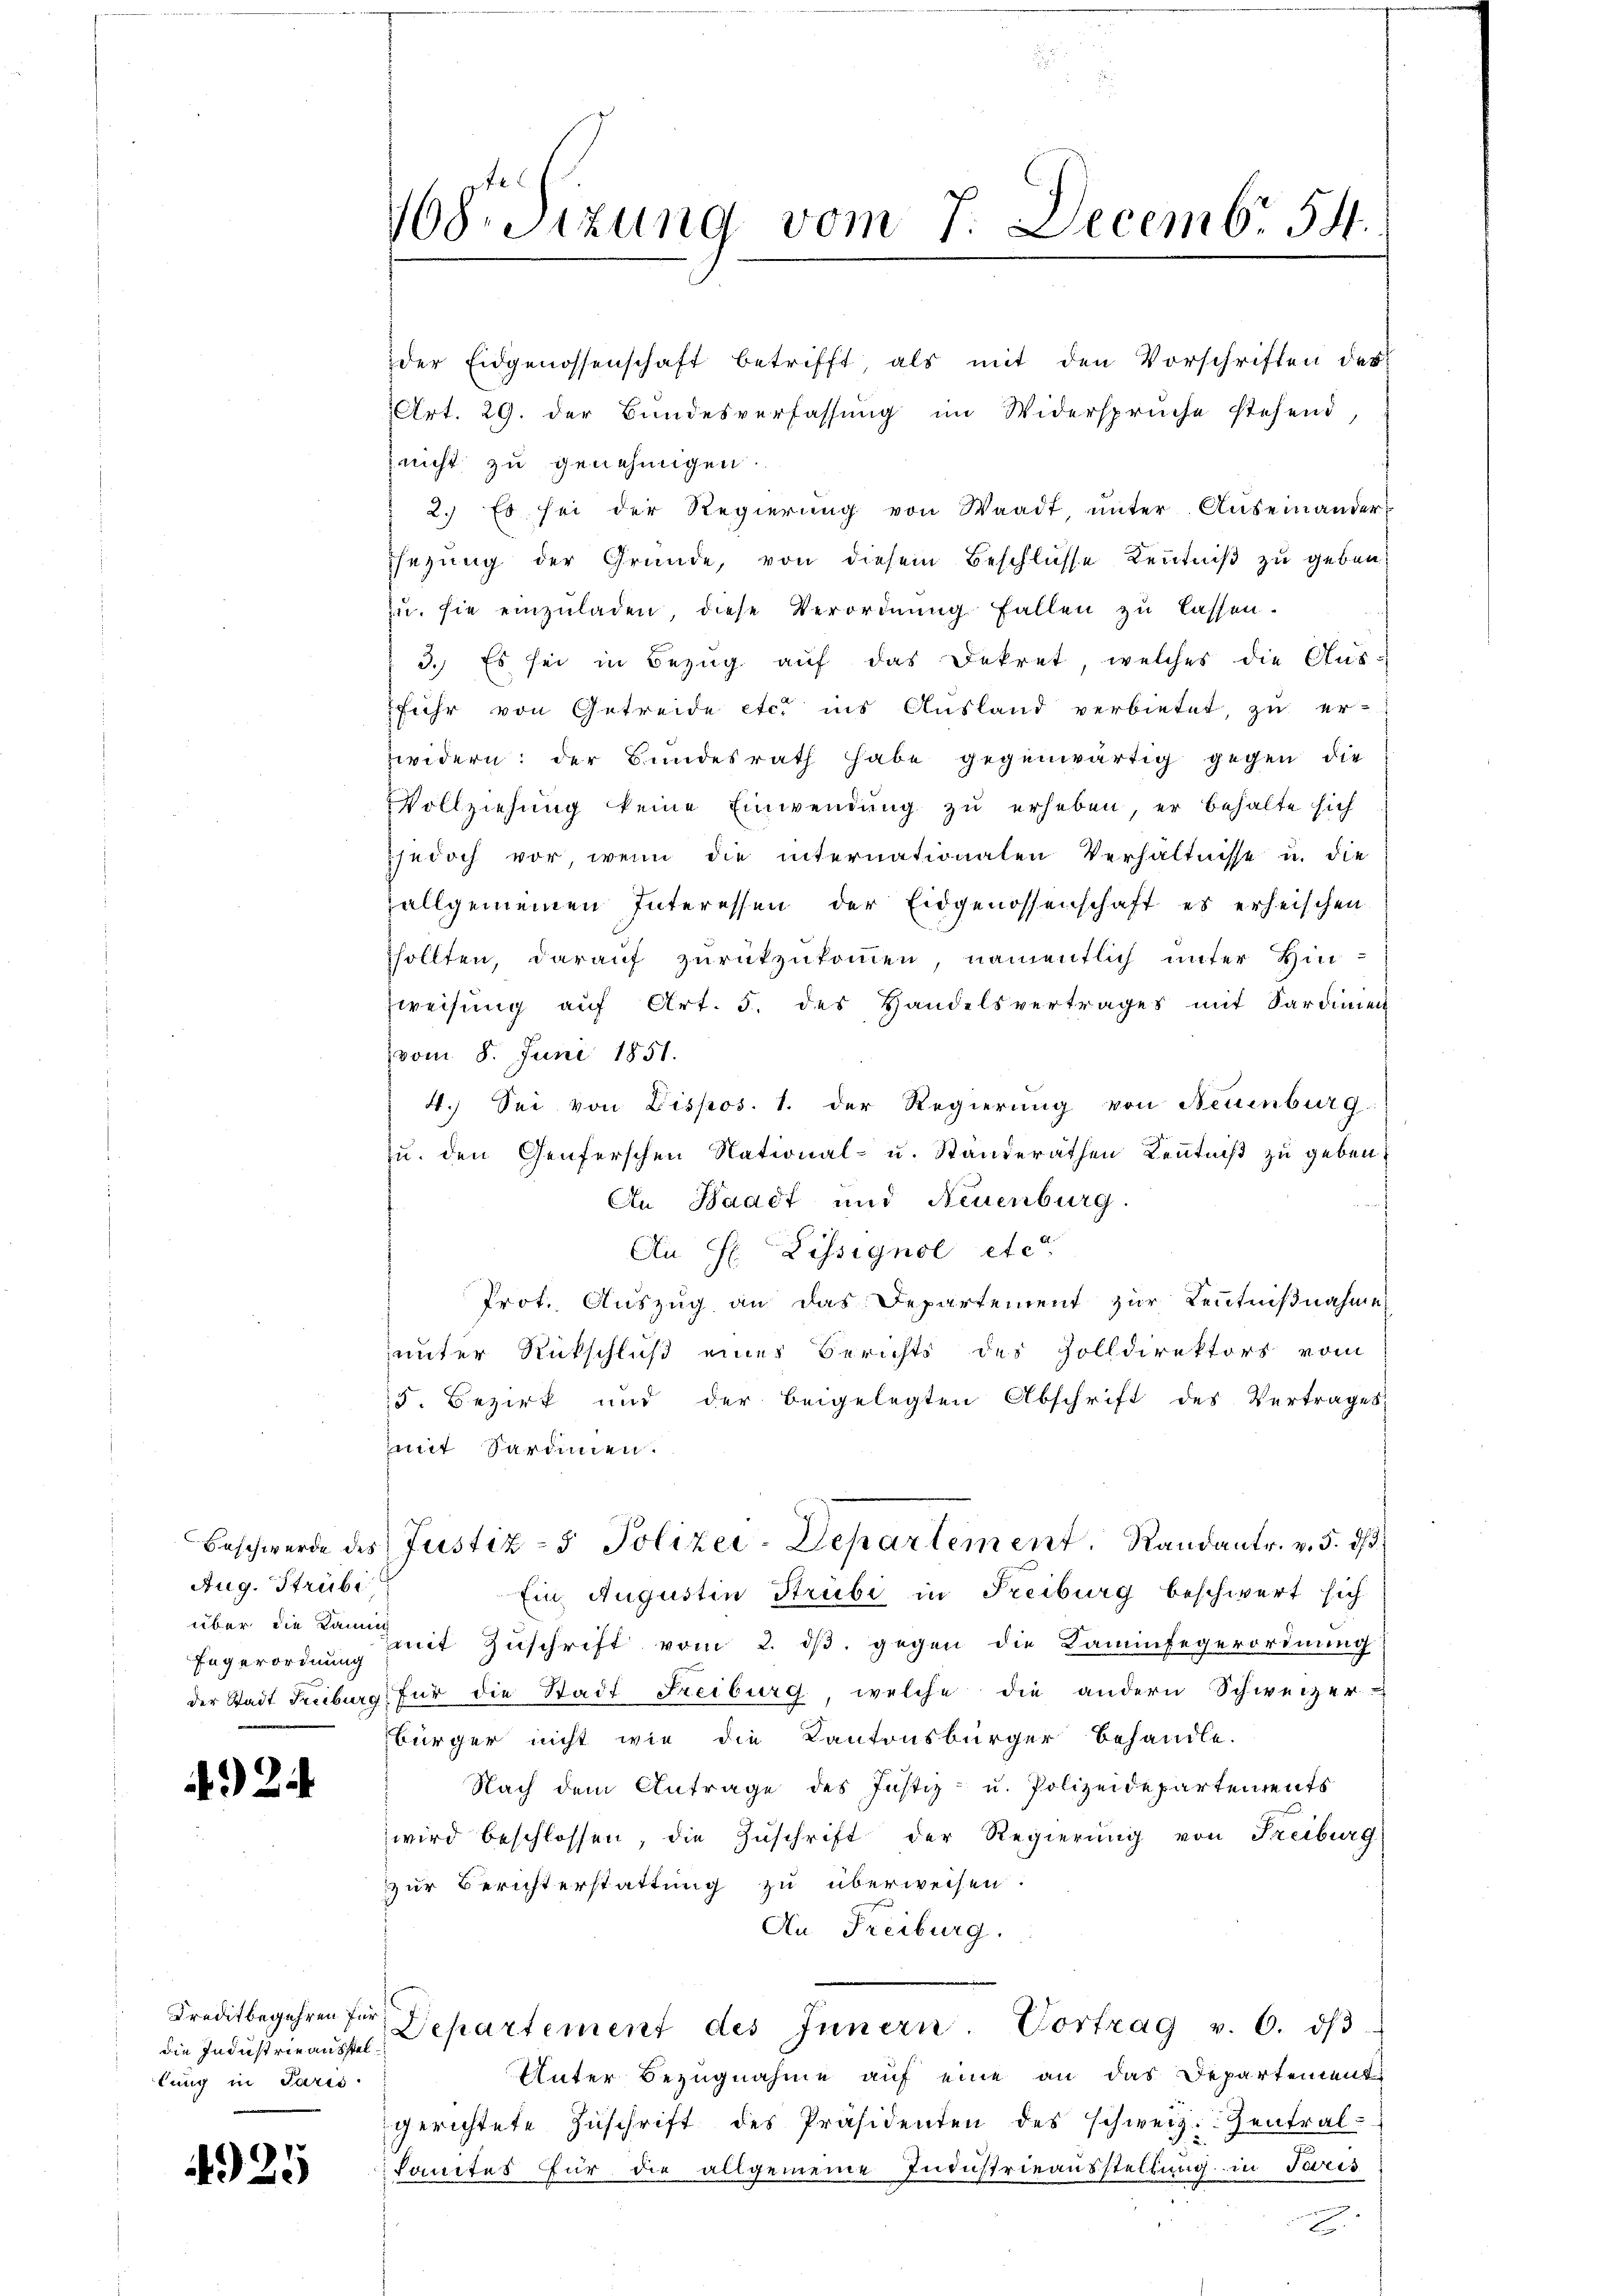
Aug. Strübe
Engerordnung

2

die Industrie ausstel
lung in Paris

4925

108. Sizung vom 7. Decemb. 54.

der Eidgenossenschaft betrifft, als mit den Vorschriften des
Art. 29. der Bundesverfassung im Widersprüche stehend,
nicht zu genehmigen.
2. Es sei der Regierŭng von Waadt ŭnter Auseinander-
sezung der Gründe, von diesem Beschlüsse Kenntniß zu geben,
zn. sie einzŭladen, diese Verordnung fallen zu lassen.
3. Es sei in Bezug auf das Dekret, welches die Aus-
fuhr von Getreide etc. ins Ausland verbietet, zu er-
widern: der Bundesrath habe gegenwärtig gegen die
Vollziehung keine Einwendung zu erheben, er behalte sich
jedoch vor, wenn die internationalen Verhältnisse u. die
allgemeinen Interessen der Eidgenossenschaft es erheischen
sollten, darauf zurückzukommen, namentlich unter Hin-
Zweisŭng aŭf Art. 5. des Handelsvertrages mit Sardinien
vom 8. Juni 1851.
4.) Sei von Dispos. 1. der Regierung von Neuenburg
zŭ. den Genferschen National- u. Ständeräthen Kenntniß zu geben.
An Waadt und Neuenburg.
An H. Lissignol etc.
Prot. Auszug an das Departement zur Kenntnißnahme
unter Rückschluß eines Berichts des Zolldirektors vom
15. Bezirk und der beigelegten Abschrift des Vertrages
mit Sardinien.
Beschwerde des Justiz- & Polizei-Departement, Randantr. v. 5. ds.
Ein Augustin Strubi in Freiburg beschwert sich
über die damit Zŭschrift vom 2. dβ. gegen die Kaminfegerordnŭng
der Stadt Freiburg für die Stadt Freiburg welche die andern Schweizer-
bürger nicht wie die Kantonsbürger behandle.
Nach dem Antrage des Justiz- u. Polizeidepartements
wird beschlossen, die Zŭschrift der Regierŭng von Freiburg
zur Berichterstattung zu überweisen.
An Freiburg.
Kreditbegehren für Departement des Innern. Vortrag v. 6. dβ
Unter Bezugnahme auf eine an das Departement
gerichtete Zŭschrift des Präsidenten des schweiz. Zentral-
samtes für die allgemeine Industrieausstellung in Terris
.